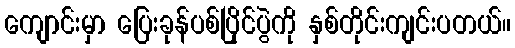
ကျောင်းမှာ ပြေးခုန်ပစ်ပြိုင်ပွဲကို နှစ်တိုင်းကျင်းပတယ်။